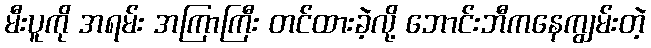
မီးပူကို အရမ်း အကြာကြီး တင်ထားခဲ့လို့ ဘောင်းဘီကနေကျွမ်းတဲ့